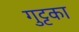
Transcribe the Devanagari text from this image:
गुट्टका